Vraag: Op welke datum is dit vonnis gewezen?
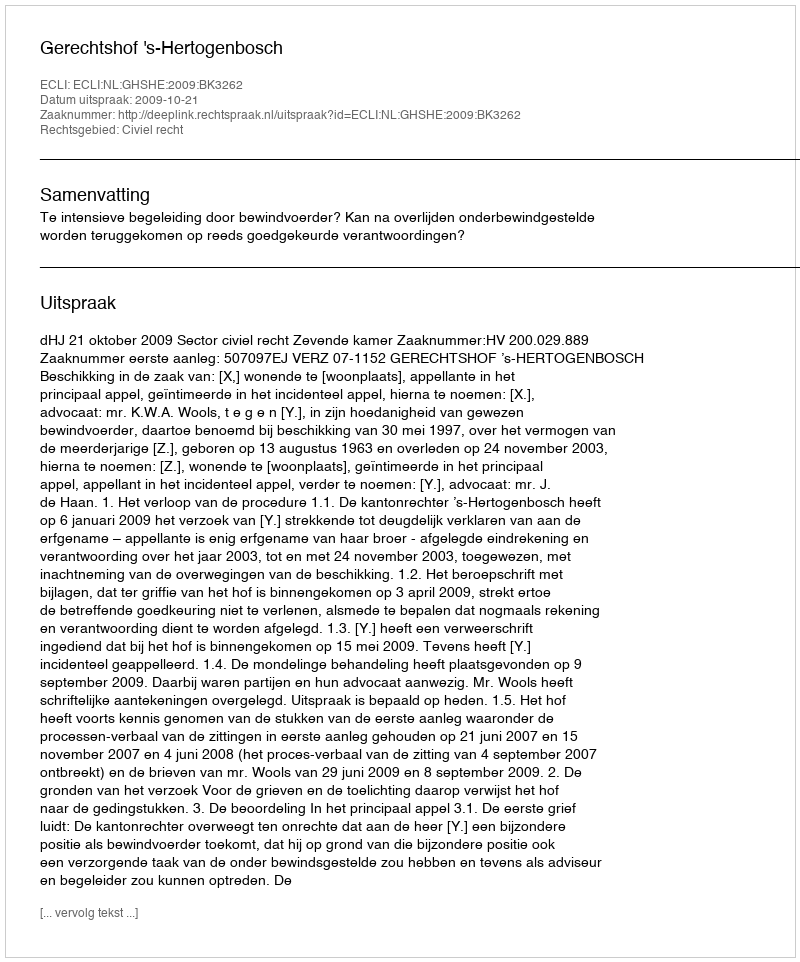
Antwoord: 2009-10-21